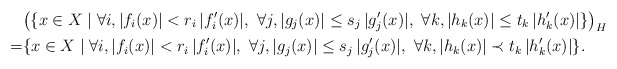
\begin{align*}&\bigl(\{x\in X \mid \forall i, |f_{i}(x)|< r_{i}\,|f'_{i}(x)|,\ \forall j, |g_{j}(x)|\le s_{j}\,|g'_{j}(x)|,\ \forall k, |h_{k}(x)|\le t_{k}\,|h'_{k}(x)|\}\bigr)_{H}\\ =& \{x\in X \mid \forall i, |f_{i}(x)|< r_{i}\,|f'_{i}(x)|,\ \forall j, |g_{j}(x)|\le s_{j}\,|g'_{j}(x)|,\ \forall k, |h_{k}(x)|\prec t_{k}\,|h'_{k}(x)|\}.\end{align*}